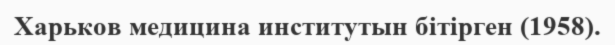
Харьков медицина институтын бітірген (1958).